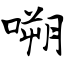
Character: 嗍